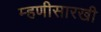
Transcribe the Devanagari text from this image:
म्हणीसारखी